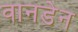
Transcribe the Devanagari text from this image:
वानडेन